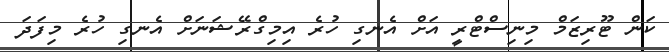
ކަން ޓޫރިޒަމް މިނިސްޓްރީ އަށް އެނގި ހުރެ އިމިގްރޭޝަނަށް އެނގި ހުރެ މިފަދަ